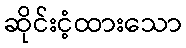
ဆိုင်းငံ့ထားသော